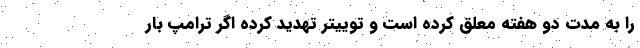
را به مدت دو هفته معلق کرده است و توییتر تهدید کرده اگر ترامپ بار